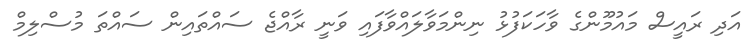
އަދި ރައީސް މައުމޫންގެ ވާހަކަފުޅު ނިންމަވާލައްވާފައި ވަނީ ރާއްޖެ ސައްތައިން ސައްތަ މުސްލިމް